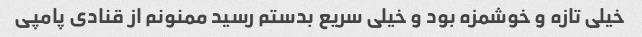
خیلی تازه و خوشمزه بود و خیلی سریع بدستم رسید ممنونم از قنادی پامپی